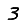
Digit: 3